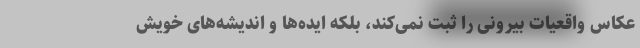
عکاس واقعیات بیرونی را ثبت نمی‌کند، بلکه ایده‌ها و اندیشه‌های خویش